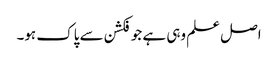
اصل علم وہی ہے جو فکشن سے پاک ہو۔